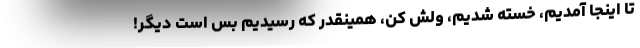
تا اینجا آمدیم، خسته شدیم، ولش کن، همینقدر که رسیدیم بس است دیگر!